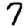
Digit: 7